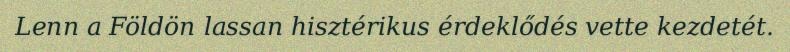
Lenn a Földön lassan hisztérikus érdeklődés vette kezdetét.